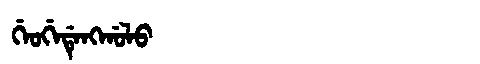
Manchu: ᡤᡝᠣᡤᡝᡩᡝᠩᡤᠣᠯᠣ
Romanization: GEOGEDENGGOLO